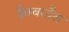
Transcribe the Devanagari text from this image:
कैम्बरवैल